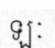
ឡៈ